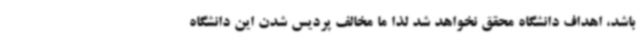
باشد، اهداف دانشگاه محقق نخواهد شد لذا ما مخالف پردیس شدن این دانشگاه